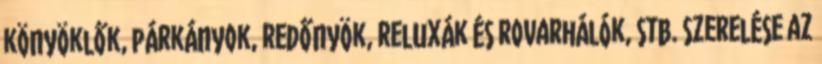
könyöklők, párkányok, redőnyök, reluxák és rovarhálók, stb. szerelése az